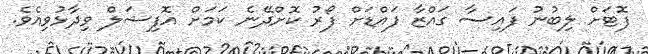
ފޮޓަށް ލިބުނު ފައިސާ ގައްޒާ ފައްޑަށް ފޯރު ކޮށްދޭނެ ކަމަށް އޮފިޝަލް ވިދާޅުވިއެވެ.